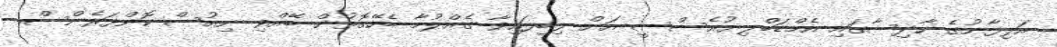
އަލިފާނުގެ ހާދިސާގައި އެމްޑަބްލިޔުއެސްސީ އަށް ލިބިފައިވާ ގެއްލުމާ ބެހޭގޮތުން ބޭއްވި ނިއުސް ކޮންފަރެންސް.